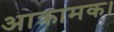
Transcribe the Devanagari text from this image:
आक्रामक।